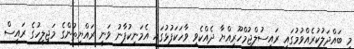
މި ބައްދަލުކުރެއްވުމުގައި ރައީސުލްޖުމްހޫރިއްޔާ ދެއްކެވި ވާހަކަފުޅުގައި އެމަނިކުފާނު ވަނީ ރައްޔިތުންގެ މަޖިލީހުގެ ރައީސް